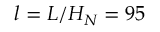
l = L / H _ { N } = 9 5